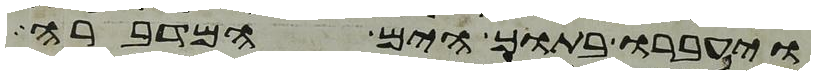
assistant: ויעברו בתוך הים המדברה